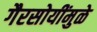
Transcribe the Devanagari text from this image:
गैरसोयींमुळे